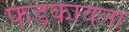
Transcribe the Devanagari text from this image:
फडकावला